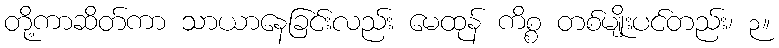
တို့ကာဆိတ်ကာ သာယာနေခြင်းလည်း မေထုန် ကိစ္စ တစ်မျိုးပင်တည်း၊ ၃။